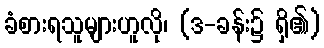
ခံစားရသူများဟူလို၊ (ဒ-ခန်း၌ ရှိ၏)